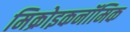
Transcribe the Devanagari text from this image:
मिक्रोइकनॉमिक